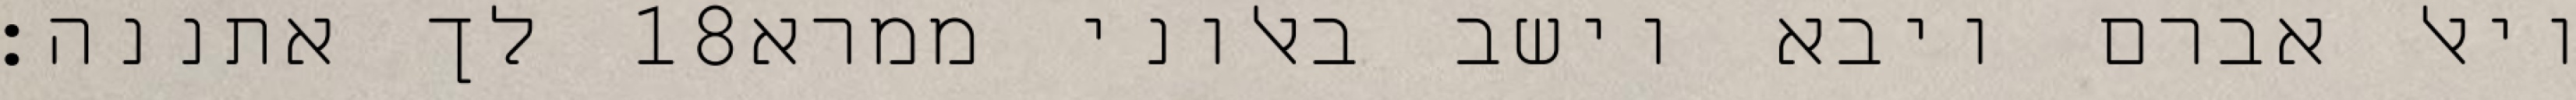
לך אתננה׃ ‎18‏ ויאל אברם ויבא וישב באלוני ממרא